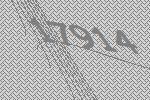
17914